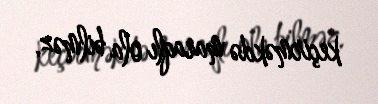
keçirməkdə maraqlı ola bilməz.